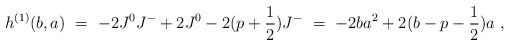
LaTeX: \begin{align*} h^{(1)}(b,a)\ =\ -2J^0 J^- +2 J^0 -2 (p+\frac{1}{2}) J^- \ =\ -2ba^2 +2(b-p-\frac{1}{2})a\ ,\end{align*}